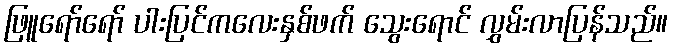
ဖြူရော်ရော် ပါးပြင်ကလေးနှစ်ဖက် သွေးရောင် လွှမ်းလာပြန်သည်။